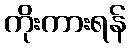
ကိုးကားရန်